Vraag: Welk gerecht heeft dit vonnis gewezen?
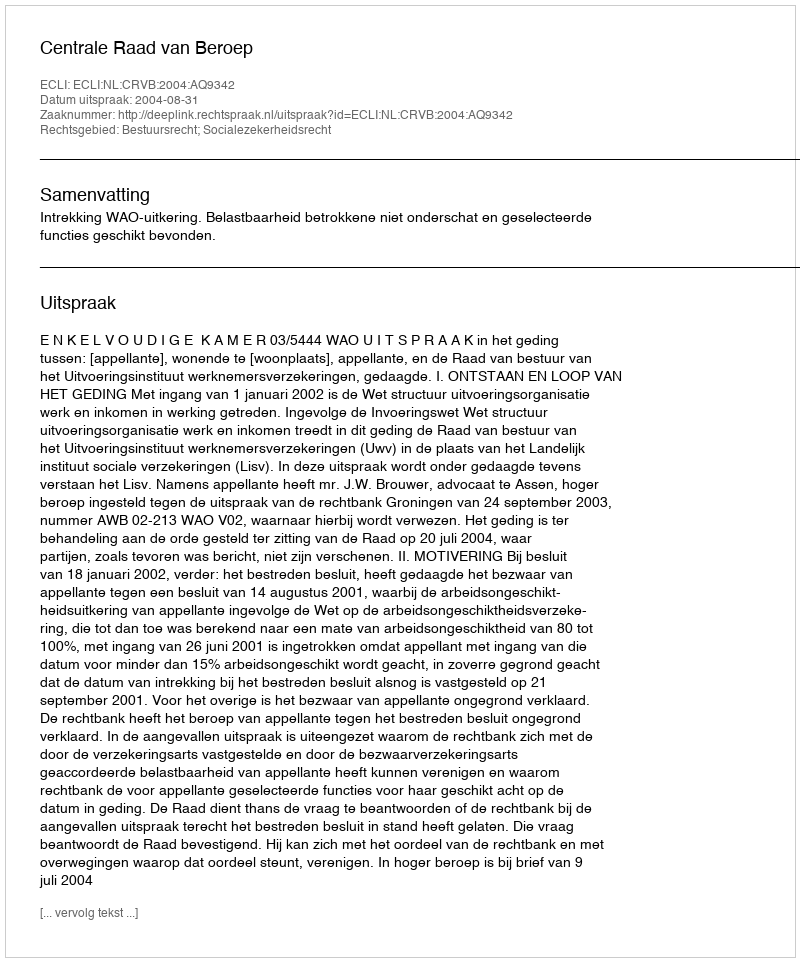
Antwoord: Centrale Raad van Beroep